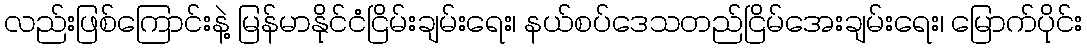
လည်းဖြစ်ကြောင်းနဲ့ မြန်မာနိုင်ငံငြိမ်းချမ်းရေး၊ နယ်စပ်ဒေသတည်ငြိမ်အေးချမ်းရေး၊ မြောက်ပိုင်း